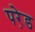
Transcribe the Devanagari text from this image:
परे़ड